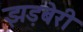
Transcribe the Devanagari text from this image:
झड़बेरी